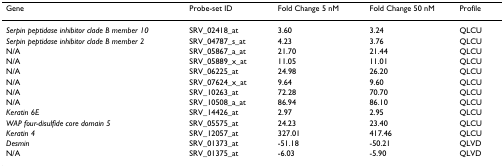
<table><thead><tr><td><b>Gene</b></td><td><b>Probe-set ID</b></td><td><b>Fold Change 5 nM</b></td><td><b>Fold Change 50 nM</b></td><td><b>Profile</b></td></tr></thead><tbody><tr><td><i>Serpin peptidase inhibitor clade B member 10</i></td><td>SRV_02418_at</td><td>3.60</td><td>3.24</td><td>QLCU</td></tr><tr><td><i>Serpin peptidase inhibitor clade B member 2</i></td><td>SRV_04787_s_at</td><td>4.23</td><td>3.76</td><td>QLCU</td></tr><tr><td>N/A</td><td>SRV_05867_a_at</td><td>21.70</td><td>21.44</td><td>QLCU</td></tr><tr><td>N/A</td><td>SRV_05889_x_at</td><td>11.05</td><td>11.01</td><td>QLCU</td></tr><tr><td>N/A</td><td>SRV_06225_at</td><td>24.98</td><td>26.20</td><td>QLCU</td></tr><tr><td>N/A</td><td>SRV_07624_x_at</td><td>9.64</td><td>9.60</td><td>QLCU</td></tr><tr><td>N/A</td><td>SRV_10263_at</td><td>72.28</td><td>70.70</td><td>QLCU</td></tr><tr><td>N/A</td><td>SRV_10508_a_at</td><td>86.94</td><td>86.10</td><td>QLCU</td></tr><tr><td><i>Keratin 6E</i></td><td>SRV_14426_at</td><td>2.97</td><td>2.95</td><td>QLCU</td></tr><tr><td><i>WAP four-disulfide core domain 5</i></td><td>SRV_05575_at</td><td>24.23</td><td>23.40</td><td>QLCU</td></tr><tr><td><i>Keratin 4</i></td><td>SRV_12057_at</td><td>327.01</td><td>417.46</td><td>QLCU</td></tr><tr><td><i>Desmin</i></td><td>SRV_01373_at</td><td>-51.18</td><td>-50.21</td><td>QLVD</td></tr><tr><td>N/A</td><td>SRV_01375_at</td><td>-6.03</td><td>-5.90</td><td>QLVD</td></tr></tbody></table>